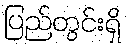
ပြည်တွင်းရှိ